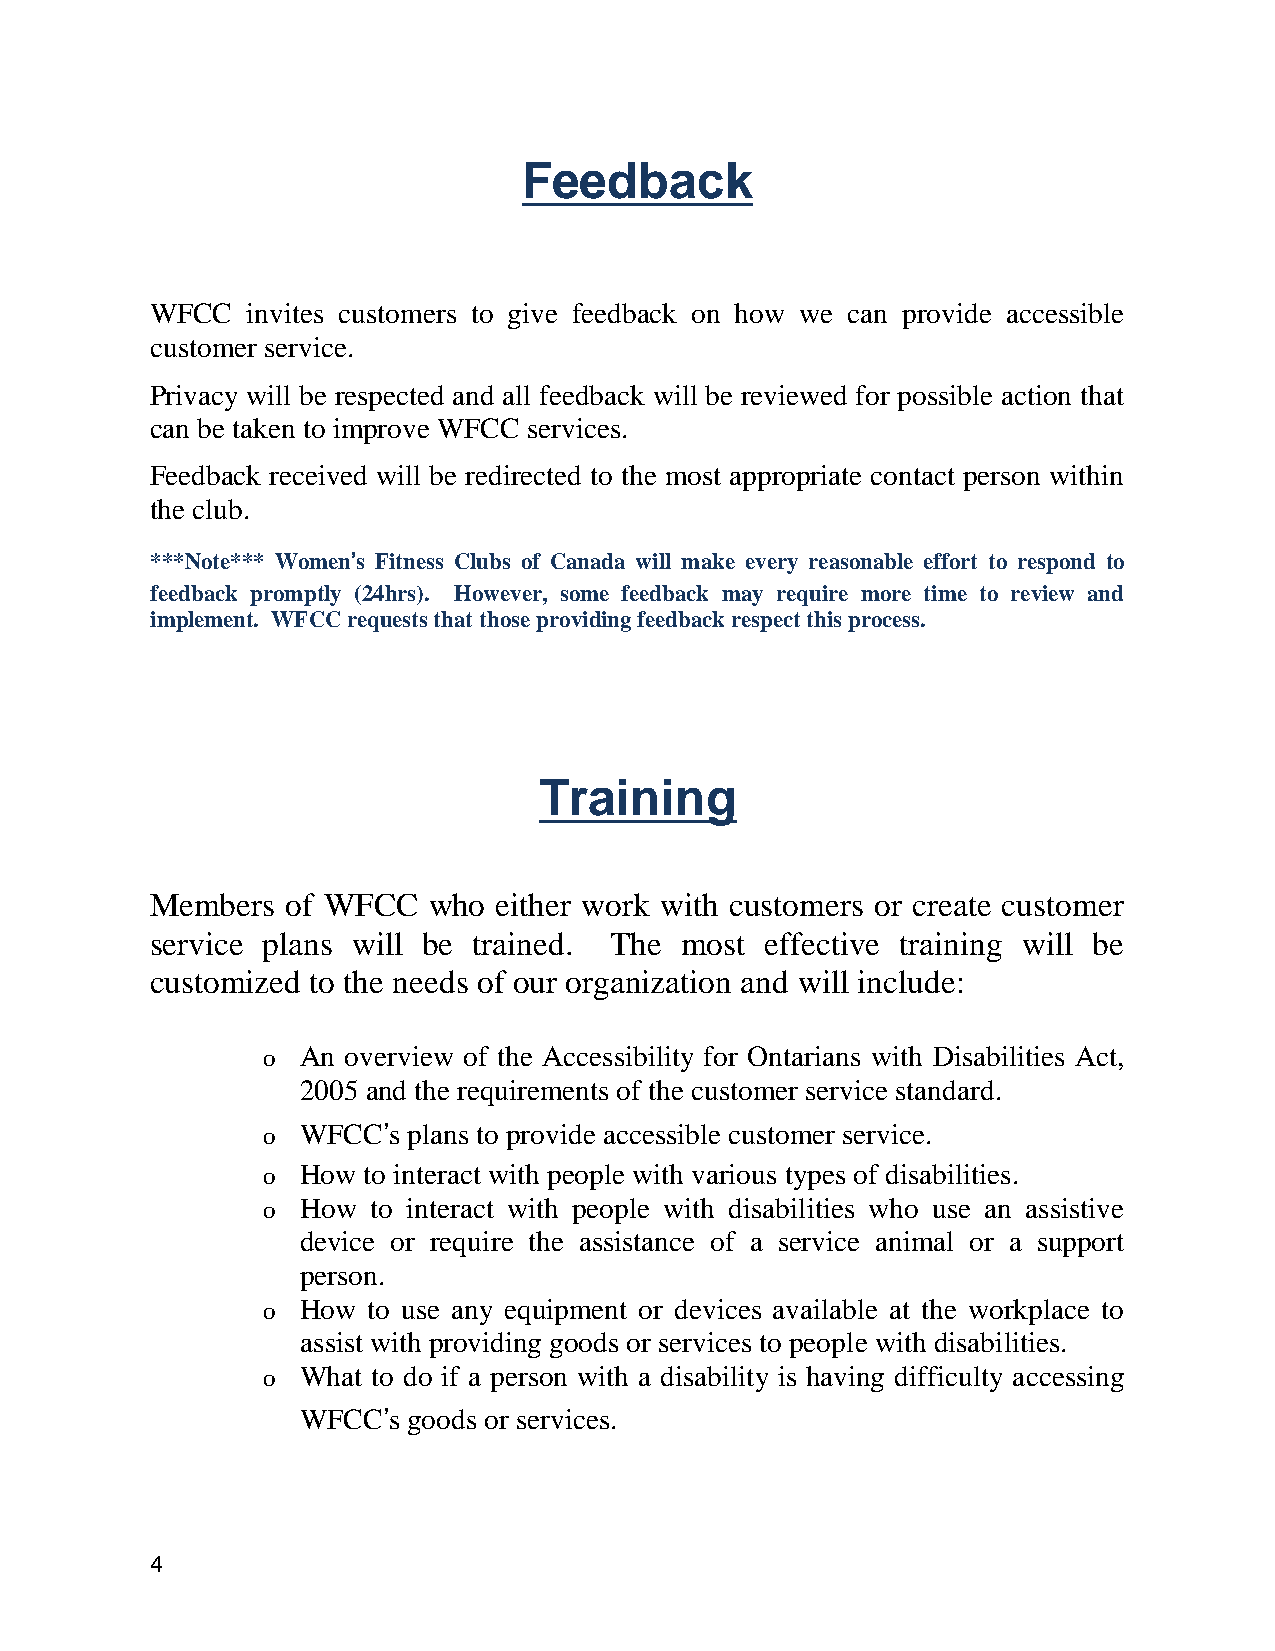
Feedback
 WFCC  invites customers to give feedback on how we can provide accessible
 customer service.
 Privacy will be respected and all feedback will be reviewed for possible action that
 can be taken to improve WFCC services.
 Feedback received will be redirected to the most appropriate contact person within
 the club.
 ***Note*** Women’s Fitness Clubs of Canada will make every reasonable effort to respond to
 feedback promptly (24hrs). However, some feedback may require more time to review and
 implement. WFCC requests that those providing feedback respect this process.
 Training
 Members  of WFCC  who  either work with customers or create customer
 service plans will be trained. The most  effective training will be
 customized to the needs of our organization and will include:
 o  An overview of the Accessibility for Ontarians with Disabilities Act,
 2005 and the requirements of the customer service standard.
 o  WFCC’s plans to provide accessible customer service.
 o  How to interact with people with various types of disabilities.
 o  How  to interact with people with disabilities who use an assistive
 device or require the assistance of a service animal or a support
 person.
 o  How to use any equipment or devices available at the workplace to
 assist with providing goods or services to people with disabilities.
 o  What to do if a person with a disability is having difficulty accessing
 WFCC’s goods or services.
 4